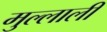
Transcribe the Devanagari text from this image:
मुल्लाली